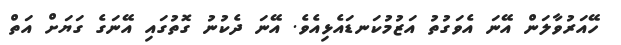
ހޭއަރުވާލަން އޭނަ އެވަގުތު އަޒުމުކަނޑައެޅިއެވެ. އޭނަ ދެކުނު ގޮތުގައި އޭނަގެ ގަޔަށް އަތް